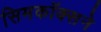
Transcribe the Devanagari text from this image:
सिमकॉक्सने